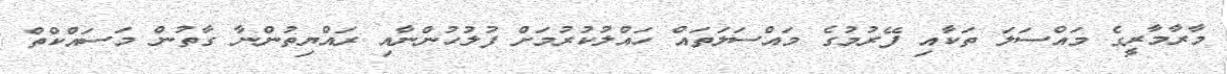
މާރާމާރީގެ މައްސަލަ ތަކާއި ފޭރުމުގެ މައްސަލަތައް ހައްލުކުރުމަށް ފުލުހުންނާއި ރައްޔިތުންނާ ގާތުން މަސައްކްތް